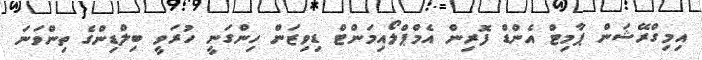
އިމިގްރޭޝަން ޕާމިޓް އެންޑް ފޮރިން އެމްޕްލޯއިމަންޓް ޑިވިޒަން ހިންގަނީ ހުރަވީ ބިލްޑިންގެ ތިންވަނަ